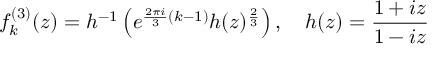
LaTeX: f _ { k } ^ { ( 3 ) } ( z ) = h ^ { - 1 } \left( e ^ { \frac { 2 \pi i } { 3 } ( k - 1 ) } h ( z ) ^ { \frac { 2 } { 3 } } \right) , \quad h ( z ) = \frac { 1 + i z } { 1 - i z }